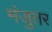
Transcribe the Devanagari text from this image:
मंजुतर